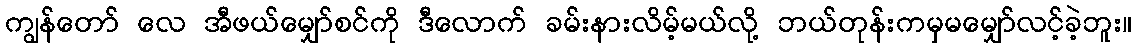
ကျွန်တော် လေ အီဖယ်မျှော်စင်ကို ဒီလောက် ခမ်းနားလိမ့်မယ်လို့ ဘယ်တုန်းကမှမမျှော်လင့်ခဲ့ဘူး။